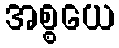
အစ္စယေ